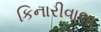
કિનારીવાલા